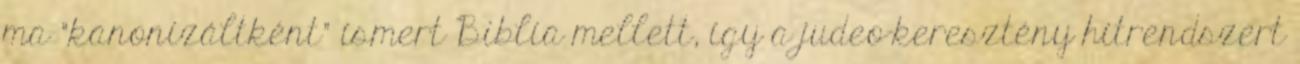
ma "kanonizáltként" ismert Biblia mellett, így a judeo-keresztény hitrendszert